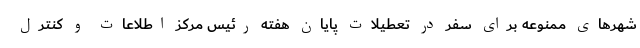
شهرهای ممنوعه برای سفر در تعطیلات پایان هفته رئیس مرکز اطلاعات و کنترل